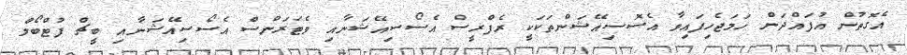
އެގޮތުން އުފައްދަން ހަމަޖެހިފައިވާ އެސޮސިއޭޝަންތަކަކީ ރެފްރީސް އެސޯސިއޭޝަނާއި ވެޓަރަންސް އެސޯސިއޭޝަނާއި ބީޗް ފުޓްބޯލް